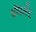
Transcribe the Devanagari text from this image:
प्रॉवलेंट